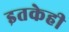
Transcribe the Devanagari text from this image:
इतकेही